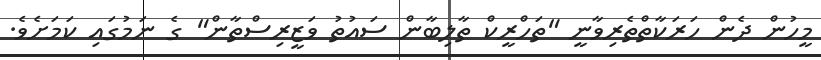
މީހުން ދެން ހަރަކާތްތެރިވާނީ "ތަހްރީކް ތާލިބާން ސައުތު ވަޒީރިސްތާން" ގެ ނަމުގައި ކަމަށެވެ.